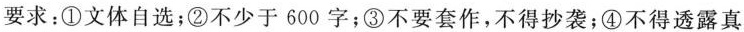
要求：①文体自选；②不少于600字；③不要套作，不得抄袭；④不得透露真